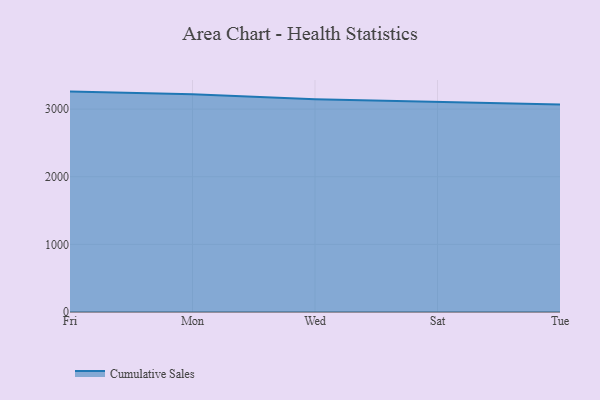
{"axis": {"x": "Day", "y": "Website Visitors"}, "legend": ["Cumulative Sales"], "data": [{"x": "Fri", "y": 3259.4, "type": "Cumulative Sales"}, {"x": "Mon", "y": 3221.6, "type": "Cumulative Sales"}, {"x": "Wed", "y": 3146.3, "type": "Cumulative Sales"}, {"x": "Sat", "y": 3104.7, "type": "Cumulative Sales"}, {"x": "Tue", "y": 3068.8, "type": "Cumulative Sales"}]}